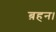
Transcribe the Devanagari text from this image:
ब़हन।